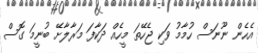
އެހެން ނޫނަސް ހުމާމު ވަކި ޖެހޭތަ މީހެއް ދަކާފަ މަރާލާށޭ ބުނީމަ ގޮސް